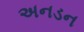
અનડન